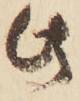
此